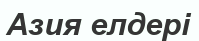
Азия елдері